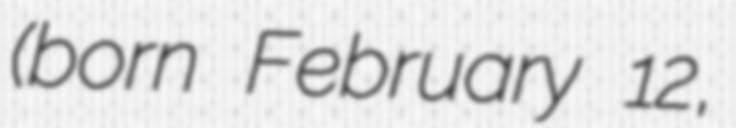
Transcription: (born February 12,